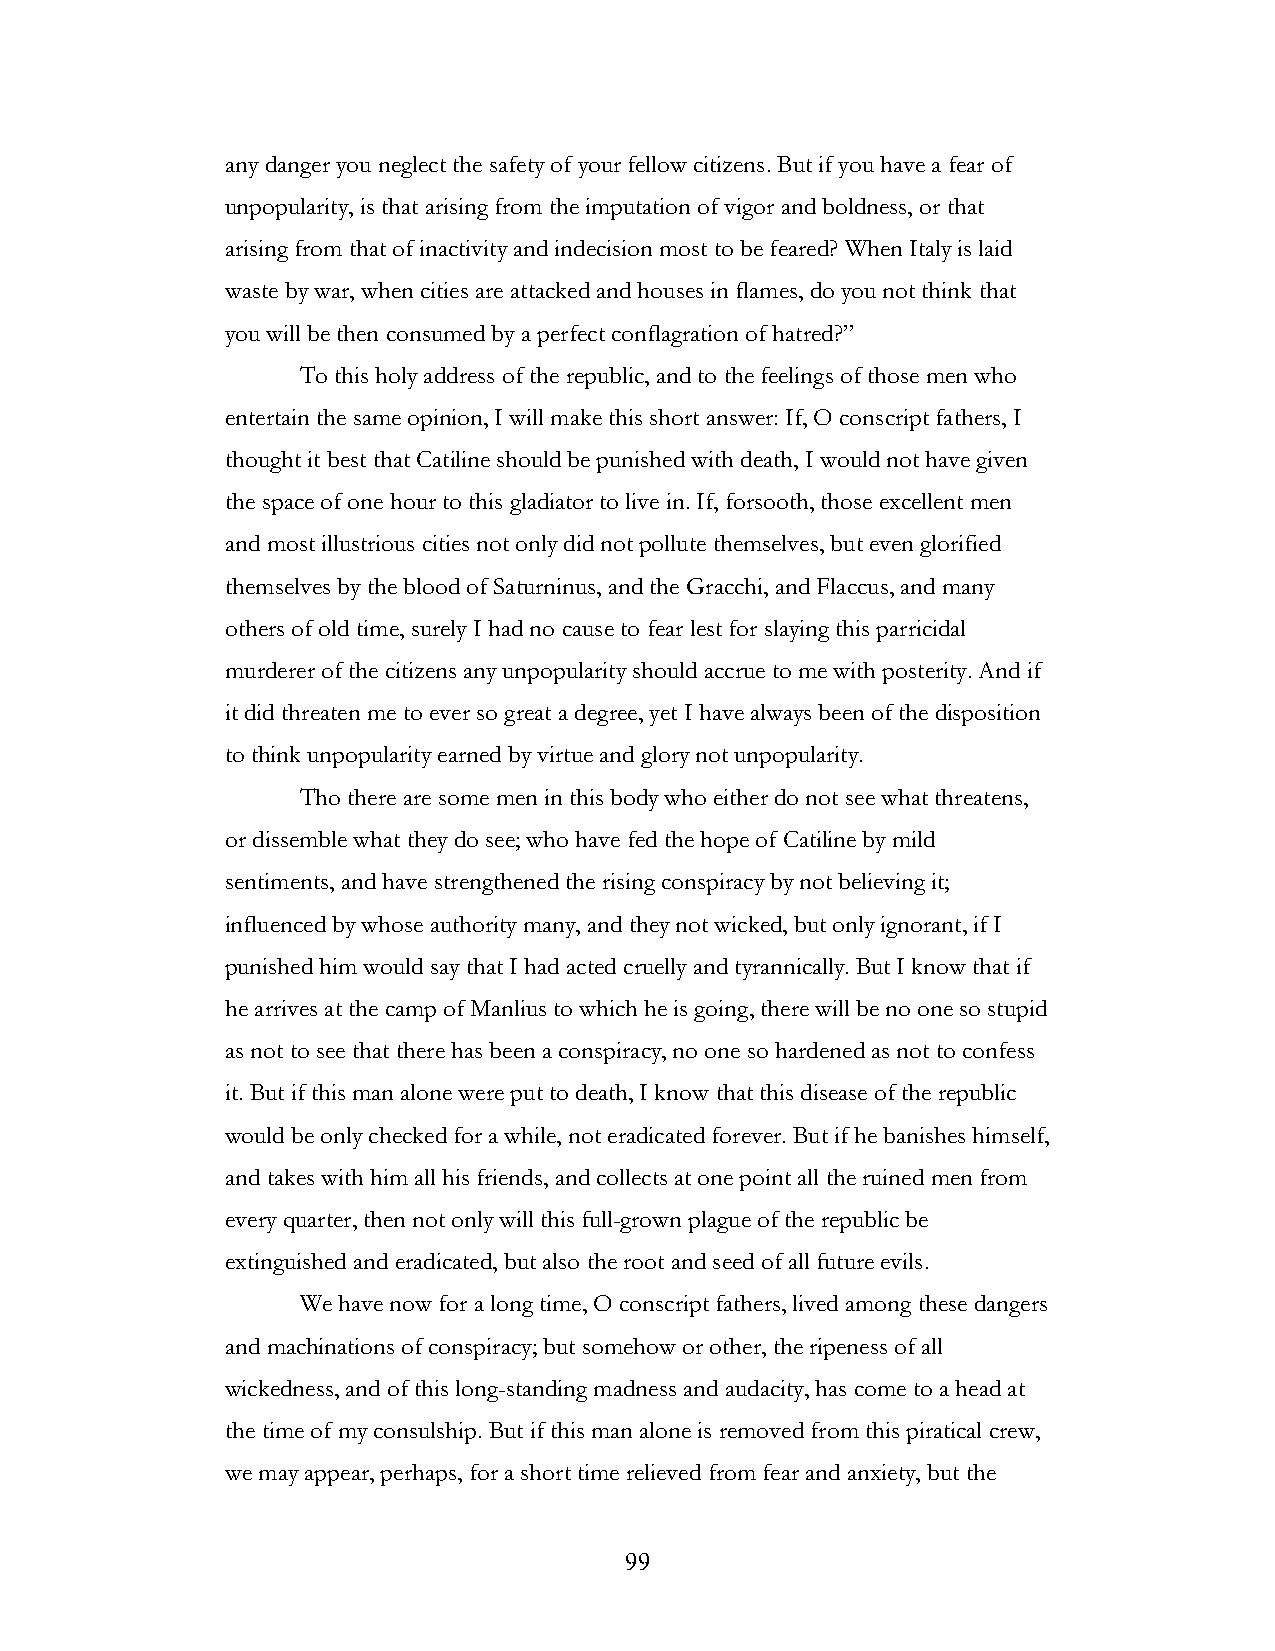
any danger you neglect the safety of your fellow citizens. But if you have a fear of
 unpopularity, is that arising from the imputation of vigor and boldness, or that
 arising from that of inactivity and indecision most to be feared? When Italy is laid
 waste by war, when cities are attacked and houses in flames, do you not think that
 you will be then consumed by a perfect conflagration of hatred?”
 To this holy address of the republic, and to the feelings of those men who
 entertain the same opinion, I will make this short answer: If, O conscript fathers, I
 thought it best that Catiline should be punished with death, I would not have given
 the space of one hour to this gladiator to live in. If, forsooth, those excellent men
 and most illustrious cities not only did not pollute themselves, but even glorified
 themselves by the blood of Saturninus, and the Gracchi, and Flaccus, and many
 others of old time, surely I had no cause to fear lest for slaying this parricidal
 murderer of the citizens any unpopularity should accrue to me with posterity. And if
 it did threaten me to ever so great a degree, yet I have always been of the disposition
 to think unpopularity earned by virtue and glory not unpopularity.
 Tho there are some men in this body who either do not see what threatens,
 or dissemble what they do see; who have fed the hope of Catiline by mild
 sentiments, and have strengthened the rising conspiracy by not believing it;
 influenced by whose authority many, and they not wicked, but only ignorant, if I
 punished him would say that I had acted cruelly and tyrannically. But I know that if
 he arrives at the camp of Manlius to which he is going, there will be no one so stupid
 as not to see that there has been a conspiracy, no one so hardened as not to confess
 it. But if this man alone were put to death, I know that this disease of the republic
 would be only checked for a while, not eradicated forever. But if he banishes himself,
 and takes with him all his friends, and collects at one point all the ruined men from
 every quarter, then not only will this full-grown plague of the republic be
 extinguished and eradicated, but also the root and seed of all future evils.
 We have now for a long time, O conscript fathers, lived among these dangers
 and machinations of conspiracy; but somehow or other, the ripeness of all
 wickedness, and of this long-standing madness and audacity, has come to a head at
 the time of my consulship. But if this man alone is removed from this piratical crew,
 we may appear, perhaps, for a short time relieved from fear and anxiety, but the
 !                         99